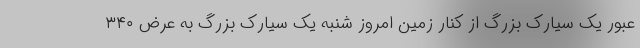
عبور یک سیارک بزرگ از کنار زمین امروز شنبه یک سیارک بزرگ به عرض ۳۴۰